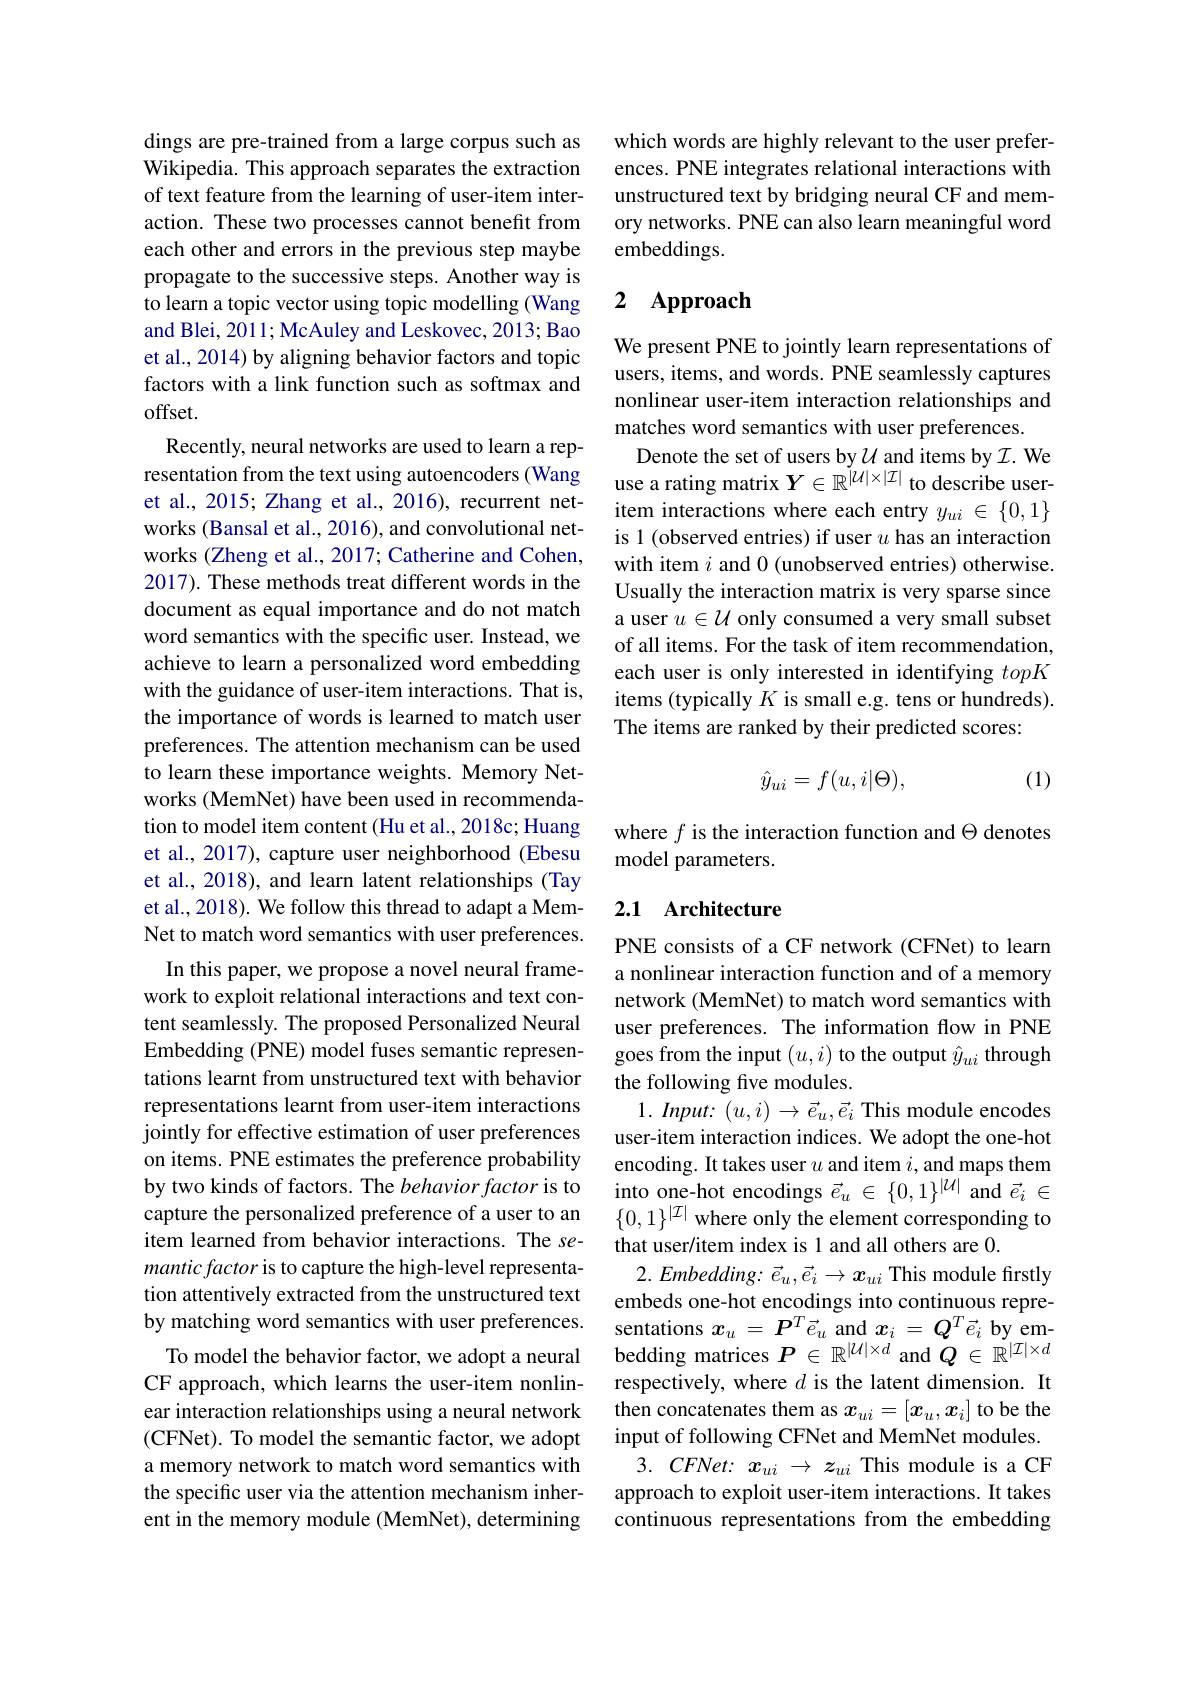
dings are pre-trained from a large corpus such as Wikipedia. This approach separates the extraction of text feature from the learning of user-item interaction. These two processes cannot benefit from each other and errors in the previous step maybe propagate to the successive steps. Another way is to learn a topic vector using topic modelling (Wang and Blei, 2011; McAuley and Leskovec, 2013; Bao et al., 2014) by aligning behavior factors and topic factors with a link function such as softmax and offset.
Recently, neural networks are used to learn a representation from the text using autoencoders (Wang et al., 2015; Zhang et al., 2016), recurrent networks (Bansal et al., 2016), and convolutional networks (Zheng et al., 2017; Catherine and Cohen, 2017). These methods treat different words in the document as equal importance and do not match word semantics with the specific user. Instead, we achieve to learn a personalized word embedding with the guidance of user-item interactions. That is, the importance of words is learned to match user preferences. The attention mechanism can be used to learn these importance weights. Memory Networks (MemNet) have been used in recommendation to model item content (Hu et al., 2018c; Huang et al., 2017), capture user neighborhood (Ebesu et al., 2018), and learn latent relationships (Tay et al., 2018). We follow this thread to adapt a MemNet to match word semantics with user preferences.
In this paper, we propose a novel neural framework to exploit relational interactions and text content seamlessly. The proposed Personalized Neural Embedding (PNE) model fuses semantic representations learnt from unstructured text with behavior representations learnt from user-item interactions jointly for effective estimation of user preferences on items. PNE estimates the preference probability by two kinds of factors. The behavior factor is to capture the personalized preference of a user to an item learned from behavior interactions. The semantic factor is to capture the high-level representation attentively extracted from the unstructured text by matching word semantics with user preferences.
To model the behavior factor, we adopt a neural CF approach, which learns the user-item nonlinear interaction relationships using a neural network (CFNet). To model the semantic factor, we adopt a memory network to match word semantics with the specific user via the attention mechanism inherent in the memory module (MemNet), determining

which words are highly relevant to the user preferences. PNE integrates relational interactions with unstructured text by bridging neural CF and memory networks. PNE can also learn meaningful word embeddings.

### 2 $\mathbf{Approach}$

We present PNE to jointly learn representations of users, items, and words. PNE seamlessly captures nonlinear user-item interaction relationships and matches word semantics with user preferences.
Denote the set of users by $\mathcal{U}$ and items by $\mathcal{I}.$ We use a rating matrix $Y\in\mathbb{R}^{\tilde{|U|\times|\mathcal{I}|}}$ to describe useritem interactions where each entry $y_ui\in\{0,1\}$ is 1 (observed entries) if user $u$ has an interaction with item $i$ and 0 (unobserved entries) otherwise. Usually the interaction matrix is very sparse since a user $u\in U$ only consumed a very small subset of all items. For the task of item recommendation, each user is only interested in identifying topK items (typically $K$ is small e.g. tens or hundreds). The items are ranked by their predicted scores:

(1)
$$\hat{y}_{ui}=f(u,i|\Theta),$$
where $f$ is the interaction function and $\Theta$ denotes
model parameters.

## 2.1 Architecture

PNE consists of a CF network (CFNet) to learn a nonlinear interaction function and of a memory network (MemNet) to match word semantics with user preferences. The information flow in PNE goes from the input $(u,i)$ to the output $\hat{y}_{ui}$ through the following five modules.
$1. \textit{ Input: }( u, i) \to \vec{e} _u, \vec{e} _i$ This module encodes user-item interaction indices. We adopt the one-hot encoding. It takes user $u$ and item $i$, and maps them into one-hot encodings $\vec{e}_u\in\{0,1\}^{|\mathcal{U}|}$ and $\vec{e}_i\in$ $\{0,1\}^{|\mathcal{I}|}$ where only the element corresponding to that user/item index is 1 and all others are 0.
$2.Embedding:\vec{e}_u,\vec{e}_i\to\boldsymbol{x}_{ui}$ This module firstly embeds one-hot encodings into continuous representations $x_u=\boldsymbol{P}^T\vec{e}_u$ and $x_i=\boldsymbol Q^T\vec{e}_i$ by embedding matrices $P\in\mathbb{R}^{|\mathcal{U}|\times d}$ and $Q\in\mathbb{R}^{|\mathcal{I}|\times d}$ respectively, where $d$ is the latent dimension. It then concatenates them as $x_ui=[x_u,x_i]$ to be the input of following CFNet and MemNet modules. 3. CFNet: $x_{ui}\to z_{ui}$ This module is a CF approach to exploit user-item interactions. It takes continuous representations from the embedding